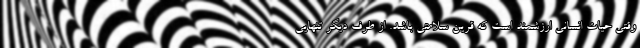
وقتی حیات انسانی ارزشمند است که قرین سلامتی باشد. از طرف دیگر تنهایی